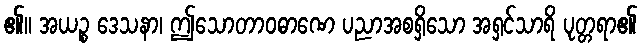
၏။ အယဉ္စ ဒေသနာ၊ ဤသောတာဝဓာဏေ ပညာအစရှိသော အရှင်သာရိ ပုတ္တရာ၏